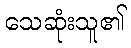
သေဆုံးသူ၏